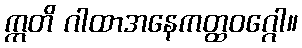
ဣတိ ဂါထာအနေကတ္ထဝဂ္ဂေါ။